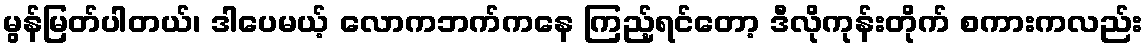
မွန်မြတ်ပါတယ်၊ ဒါပေမယ့် လောကဘက်ကနေ ကြည့်ရင်တော့ ဒီလိုကုန်းတိုက် စကားကလည်း